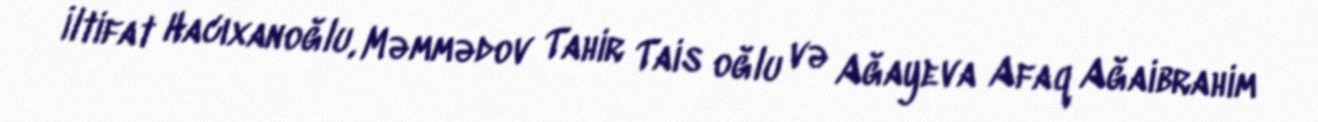
İltifat Hacıxanoğlu, Məmmədov Tahir Tais oğlu və Ağayeva Afaq Ağaibrahim